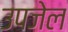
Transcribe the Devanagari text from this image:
उपजेल